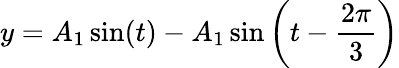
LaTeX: y=A_{1}\sin(t)-A_{1}\sin\left(t-{\frac{2\pi}{3}}\right)